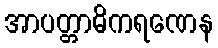
အာပတ္တာဓိကရဏေန